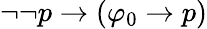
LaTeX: \neg\neg p\to(\varphi_{0}\to p)